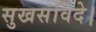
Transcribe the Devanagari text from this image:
सुखसंविदे।